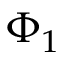
\Phi _ { 1 }